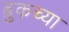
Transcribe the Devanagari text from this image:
ब्रुकच्या